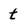
Character: t